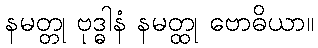
နမတ္တု ဗုဒ္ဓါနံ နမတ္ထု ဗောဓိယာ။